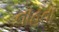
નાહતા